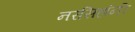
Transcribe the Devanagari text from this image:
नरसिहांनी